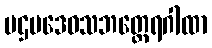
ပဌမဒေဝသဘတ္ထေရဂါထာ